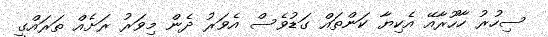
ސިހުރު ހާހޫރާއޭ އެކިޔާ ކަންތައް ގަޑުވެސް އެވަރު ދެން މިވަރު ރަށެއް ތަރައްގީ